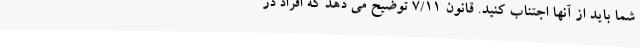
شما باید از آنها اجتناب کنید. قانون 7/11 توضیح می دهد که افراد در